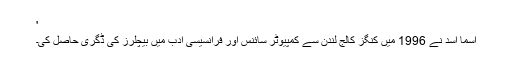
'
اسما اسد نے 1996 میں کنگز کالج لندن سے کمپیوٹر سائنس اور فرانسیسی ادب میں بیچلرز کی ڈگری حاصل کی۔